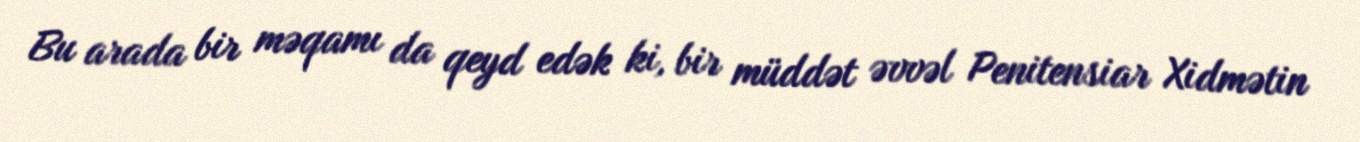
Bu arada bir məqamı da qeyd edək ki, bir müddət əvvəl Penitensiar Xidmətin